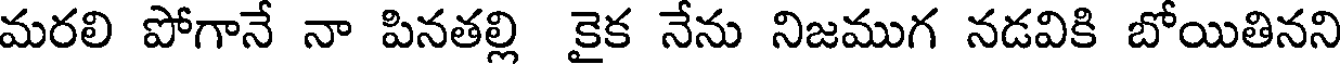
మరలి పోగానే నా పినతల్లి కైక నేను నిజముగ నడవికి బోయితినని